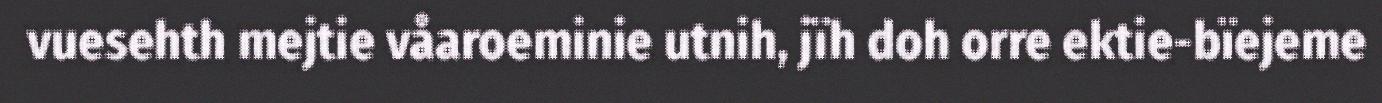
vuesehth mejtie våaroeminie utnih, jïh doh orre ektie-bïejeme